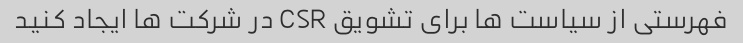
فهرستی از سیاست ها برای تشویق CSR در شرکت ها ایجاد کنید